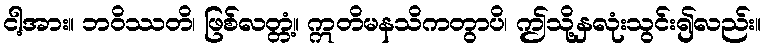
ငါ့အား။ ဘဝိဿတိ၊ ဖြစ်လတ္တံ့။ ဣတိမနသိကတွာပိ၊ ဤသို့နှလုံးသွင်း၍လည်း။